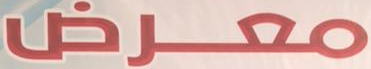
معرض